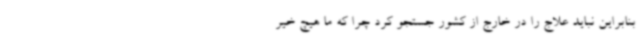
بنابراین نباید علاج را در خارج از کشور جستجو کرد چرا که ما هیچ خیر